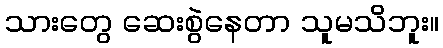
သားတွေ ဆေးစွဲနေတာ သူမသိဘူး။